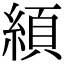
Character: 䋶